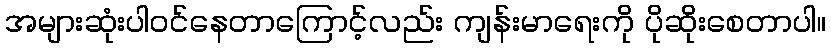
အများဆုံးပါဝင်နေတာကြောင့်လည်း ကျန်းမာရေးကို ပိုဆိုးစေတာပါ။